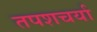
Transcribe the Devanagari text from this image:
तपशचर्या